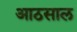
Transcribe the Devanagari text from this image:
आठसाल